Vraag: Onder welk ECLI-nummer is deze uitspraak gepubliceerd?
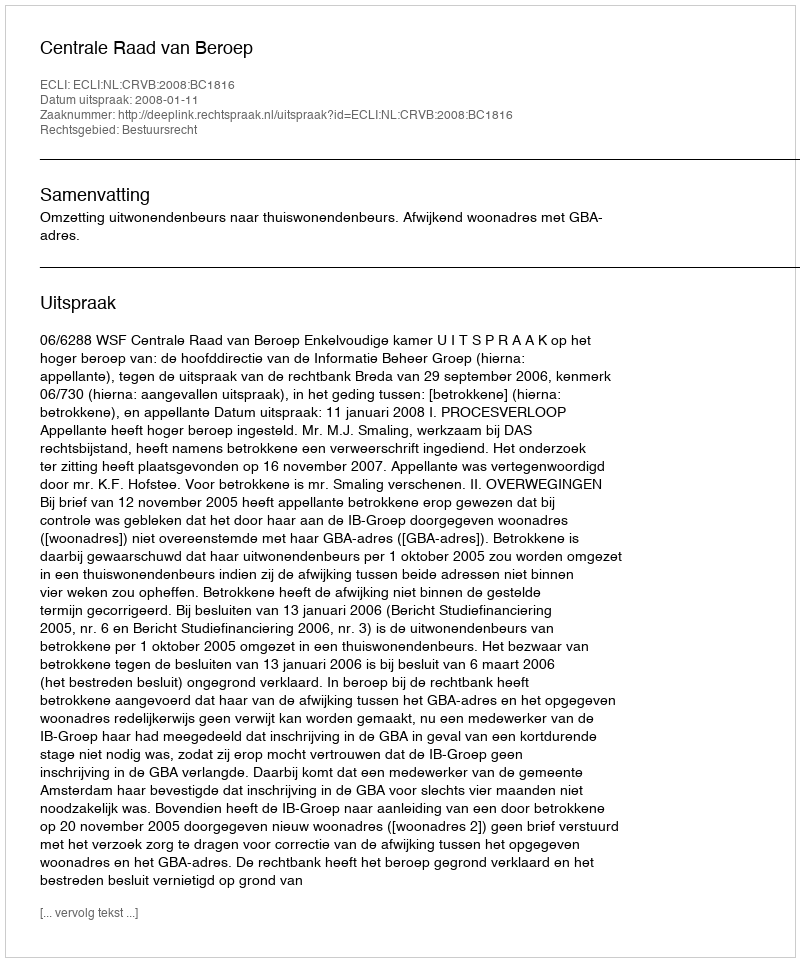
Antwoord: ECLI:NL:CRVB:2008:BC1816